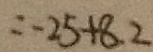
= - 2 5 + 8 . 2